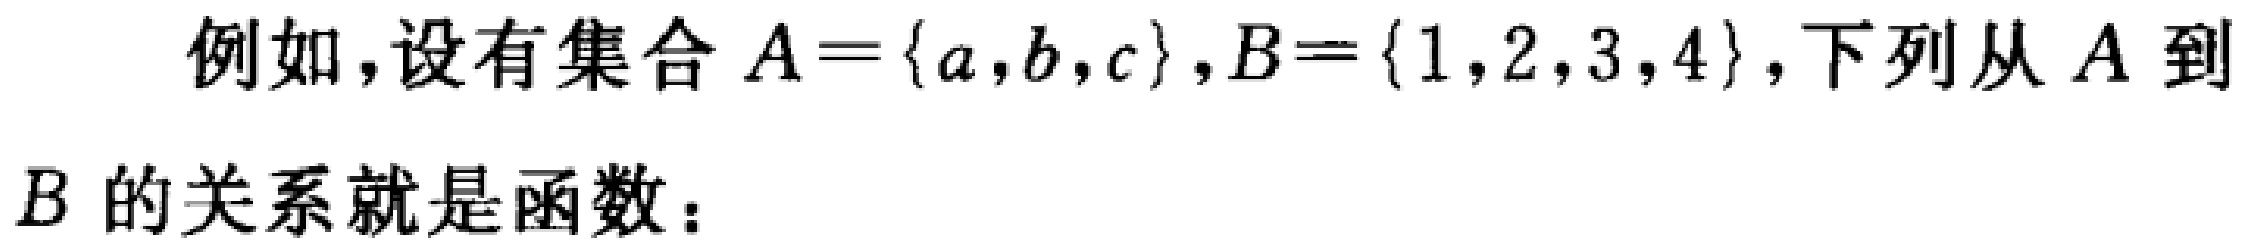
例如，设有集合 \(A = \{a,b,c\},B = \{1,2,3,4\}\)，下列从 \(A\) 到 \(B\) 的关系就是函数：